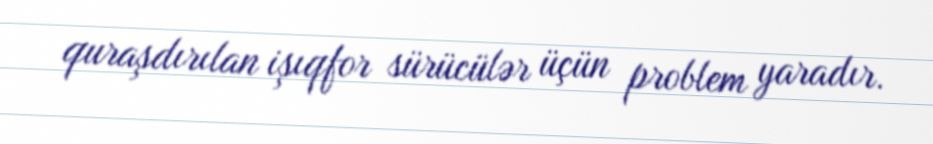
quraşdırılan işıqfor sürücülər üçün problem yaradır.